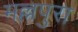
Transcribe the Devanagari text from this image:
मल्लपुरा